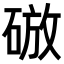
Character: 𥓴